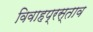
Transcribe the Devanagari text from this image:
विवाहप्रस्ताव